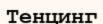
Тенцинг